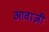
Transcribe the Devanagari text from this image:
आवाज़ी